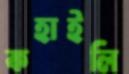
কহাইলি